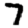
Digit: 7